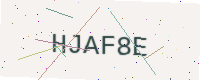
Text: HJAF8E